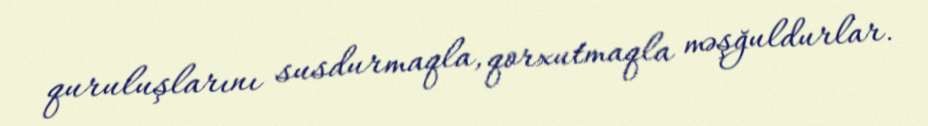
quruluşlarını susdurmaqla, qorxutmaqla məşğuldurlar.